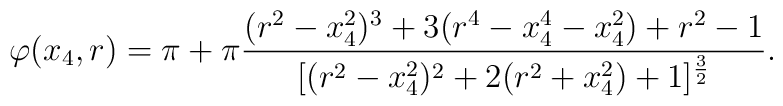
\varphi(x_4,r)=\pi+\pi{(r^2-x_4^2)^3+3(r^4-x_4^4-x_4^2)+r^2-1\over [(r^2-x_4^2)^2+ 2(r^2+x_4^2)+1]^{3\over 2}}.